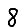
Digit: 8